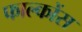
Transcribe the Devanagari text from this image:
फाल्कोंस